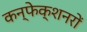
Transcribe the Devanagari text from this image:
कन्फेक्शनरों